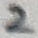
Text: 2